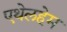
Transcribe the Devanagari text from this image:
एथेलहेम